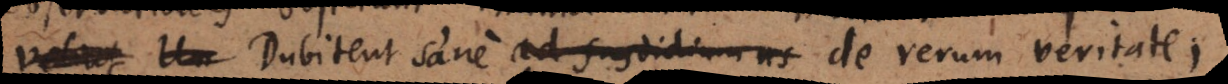
Un Dubitent sane ad fastidium us de rerum veritate,